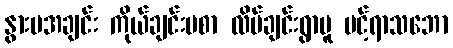
နွားမအချင်း ကိုယ်ချင်းမစာ လိပ်ချင်းရွာမူ ပင့်ရာသဘော